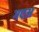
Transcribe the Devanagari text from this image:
गएअ